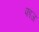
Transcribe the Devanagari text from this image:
फाज